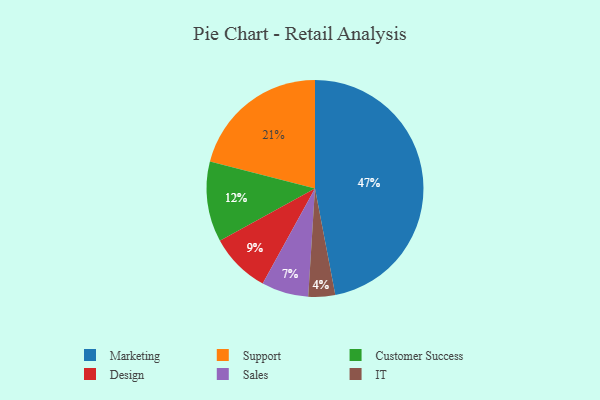
{"axis": {"x": "Category", "y": "Percentage"}, "legend": ["Customer Success", "Design", "IT", "Marketing", "Sales", "Support"], "data": [{"x": "Support", "y": 21, "type": "Support"}, {"x": "IT", "y": 4, "type": "IT"}, {"x": "Design", "y": 9, "type": "Design"}, {"x": "Marketing", "y": 47, "type": "Marketing"}, {"x": "Customer Success", "y": 12, "type": "Customer Success"}, {"x": "Sales", "y": 7, "type": "Sales"}]}